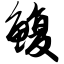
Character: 鳆